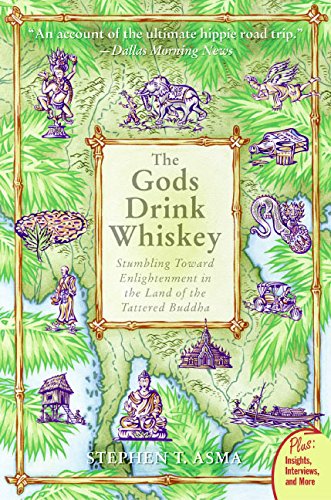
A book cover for The Gods Drink Whiskey: Stumbling Toward Enlightenment in the Land of the Tattered Buddha (Plus); Stephen T. Asma; Religion & Spirituality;